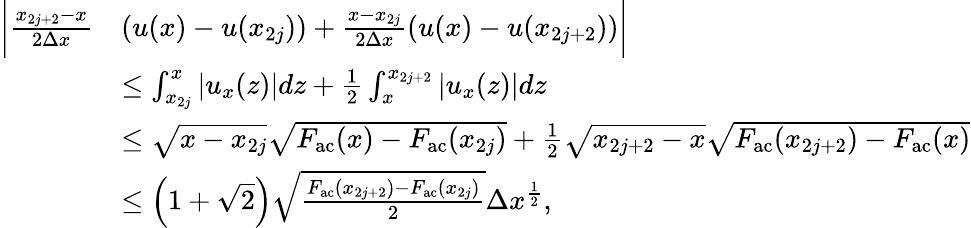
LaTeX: \begin{array}{rl}{\biggl|\frac{x_{2j+2}-x}{2\Delta x}}&{\left(u(x)-u(x_{2j})\right)+\frac{x-x_{2j}}{2\Delta x}\left(u(x)-u(x_{2j+2})\right)\biggr|}\\ &{\leq\int_{x_{2j}}^{x}\left|u_{x}(z)\right|dz+\frac 12\int_{x}^{x_{2j+2}}\left|u_{x}(z)\right|dz}\\ &{\leq\sqrt{x-x_{2j}}\sqrt{F_{\mathrm{ac}}(x)-F_{\mathrm{ac}}(x_{2j})}+\frac{1}{2}\sqrt{x_{2j+2}-x}\sqrt{F_{\mathrm{ac}}(x_{2j+2})-F_{\mathrm{ac}}(x)}}\\ &{\leq\left(1+\sqrt{2}\right)\sqrt{\frac{F_{\mathrm{ac}}(x_{2j+2})-F_{\mathrm{ac}}(x_{2j})}{2}}\Delta x^{\frac{1}{2}},}\end{array}